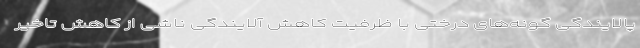
پالایندگی گونه‌های درختی با ظرفیت کاهش آلایندگی ناشی از کاهش تاخیر